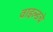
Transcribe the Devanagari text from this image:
वाइल्डचे